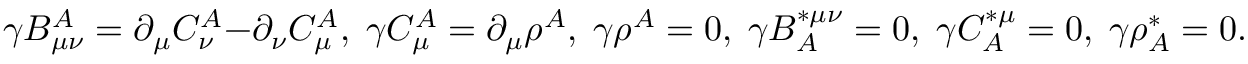
\gamma B _ { \mu \nu } ^ { A } = \partial _ { \mu } C _ { \nu } ^ { A } - \partial _ { \nu } C _ { \mu } ^ { A } , \; \gamma C _ { \mu } ^ { A } = \partial _ { \mu } \rho ^ { A } , \; \gamma \rho ^ { A } = 0 , \; \gamma B _ { A } ^ { * \mu \nu } = 0 , \; \gamma C _ { A } ^ { * \mu } = 0 , \; \gamma \rho _ { A } ^ { * } = 0 .